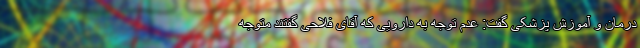
درمان و آموزش پزشکی گفت: عدم توجه به دارویی که آقای فلاحی گفتند متوجه